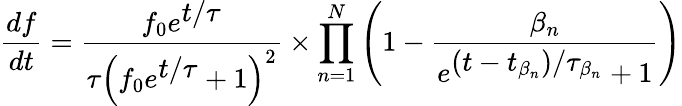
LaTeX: \frac{df}{dt}=\frac{f_{0}e^{\displaystyle t/\tau}}{\tau\left(f_{0}e^{\displaystyle t/\tau}+1\right)^{2}}\times\prod_{n=1}^{N}\left(1-\frac{\beta_{n}}{e^{\displaystyle(t-t_{\beta_{n}})/\tau_{\beta_{n}}}+1}\right)